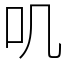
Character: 叽